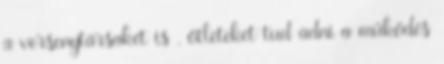
a versenytársakét is , ötleteket tud adni a működés